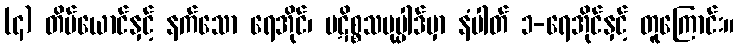
(၄) တိမ်ယောင်နှင့် နက်သော ရေအိုင်၊ ပဋိစ္စသမုပ္ပါဒ်မှာ နံပါတ် ၁-ရေအိုင်နှင့် တူကြောင်း။